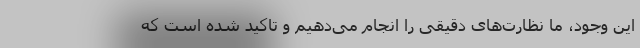
این وجود، ما نظارت‌های دقیقی را انجام می‌دهیم و تاکید شده است که